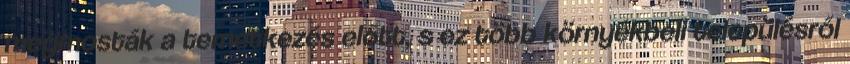
megmosták a temetkezés előtt, s ez több környékbeli településről